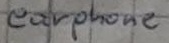
Text: earphone